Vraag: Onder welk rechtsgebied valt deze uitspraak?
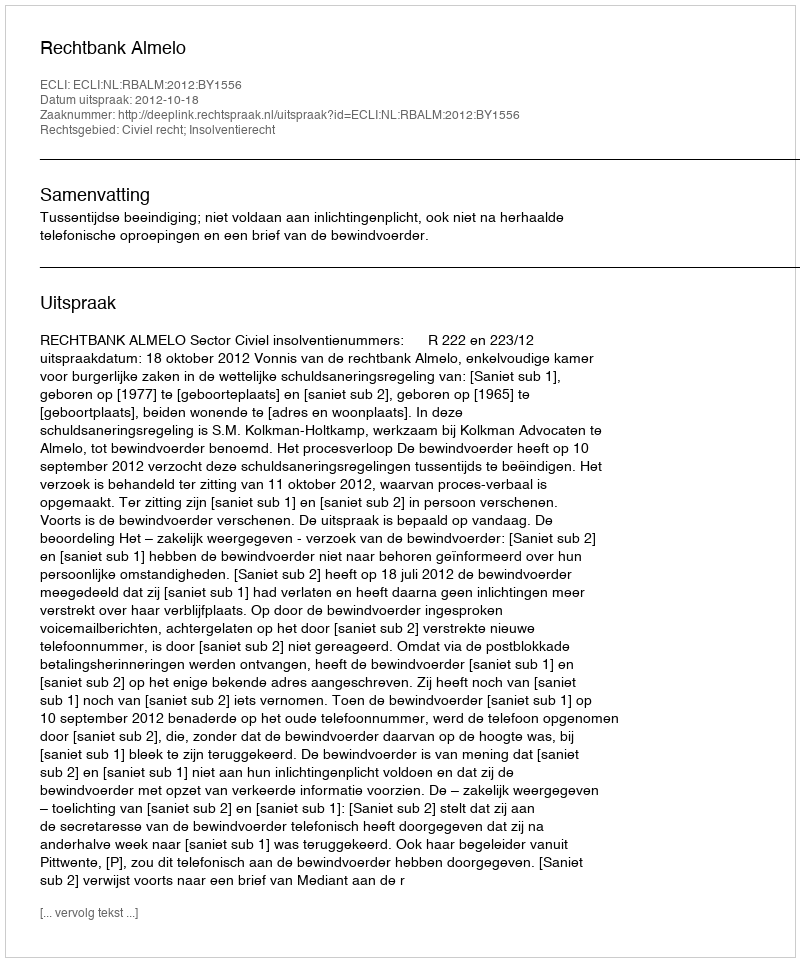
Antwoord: Civiel recht; Insolventierecht